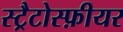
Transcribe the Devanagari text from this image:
स्ट्रैटोस्फ़ीयर